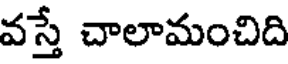
వస్తే చాలామంచిది